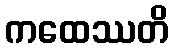
ကထေဿတိ